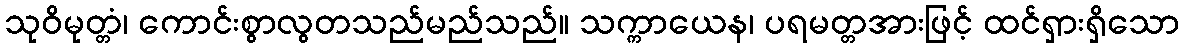
သုဝိမုတ္တံ၊ ကောင်းစွာလွတသည်မည်သည်။ သက္ကာယေန၊ ပရမတ္တအားဖြင့် ထင်ရှားရှိသော